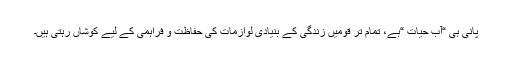
پانی ہی “آب حیات “ہے، تمام تر قومیں زندگی کے بنیادی لوازمات کی حفاظت و فراہمی کے لیے کوشاں رہتی ہیں۔